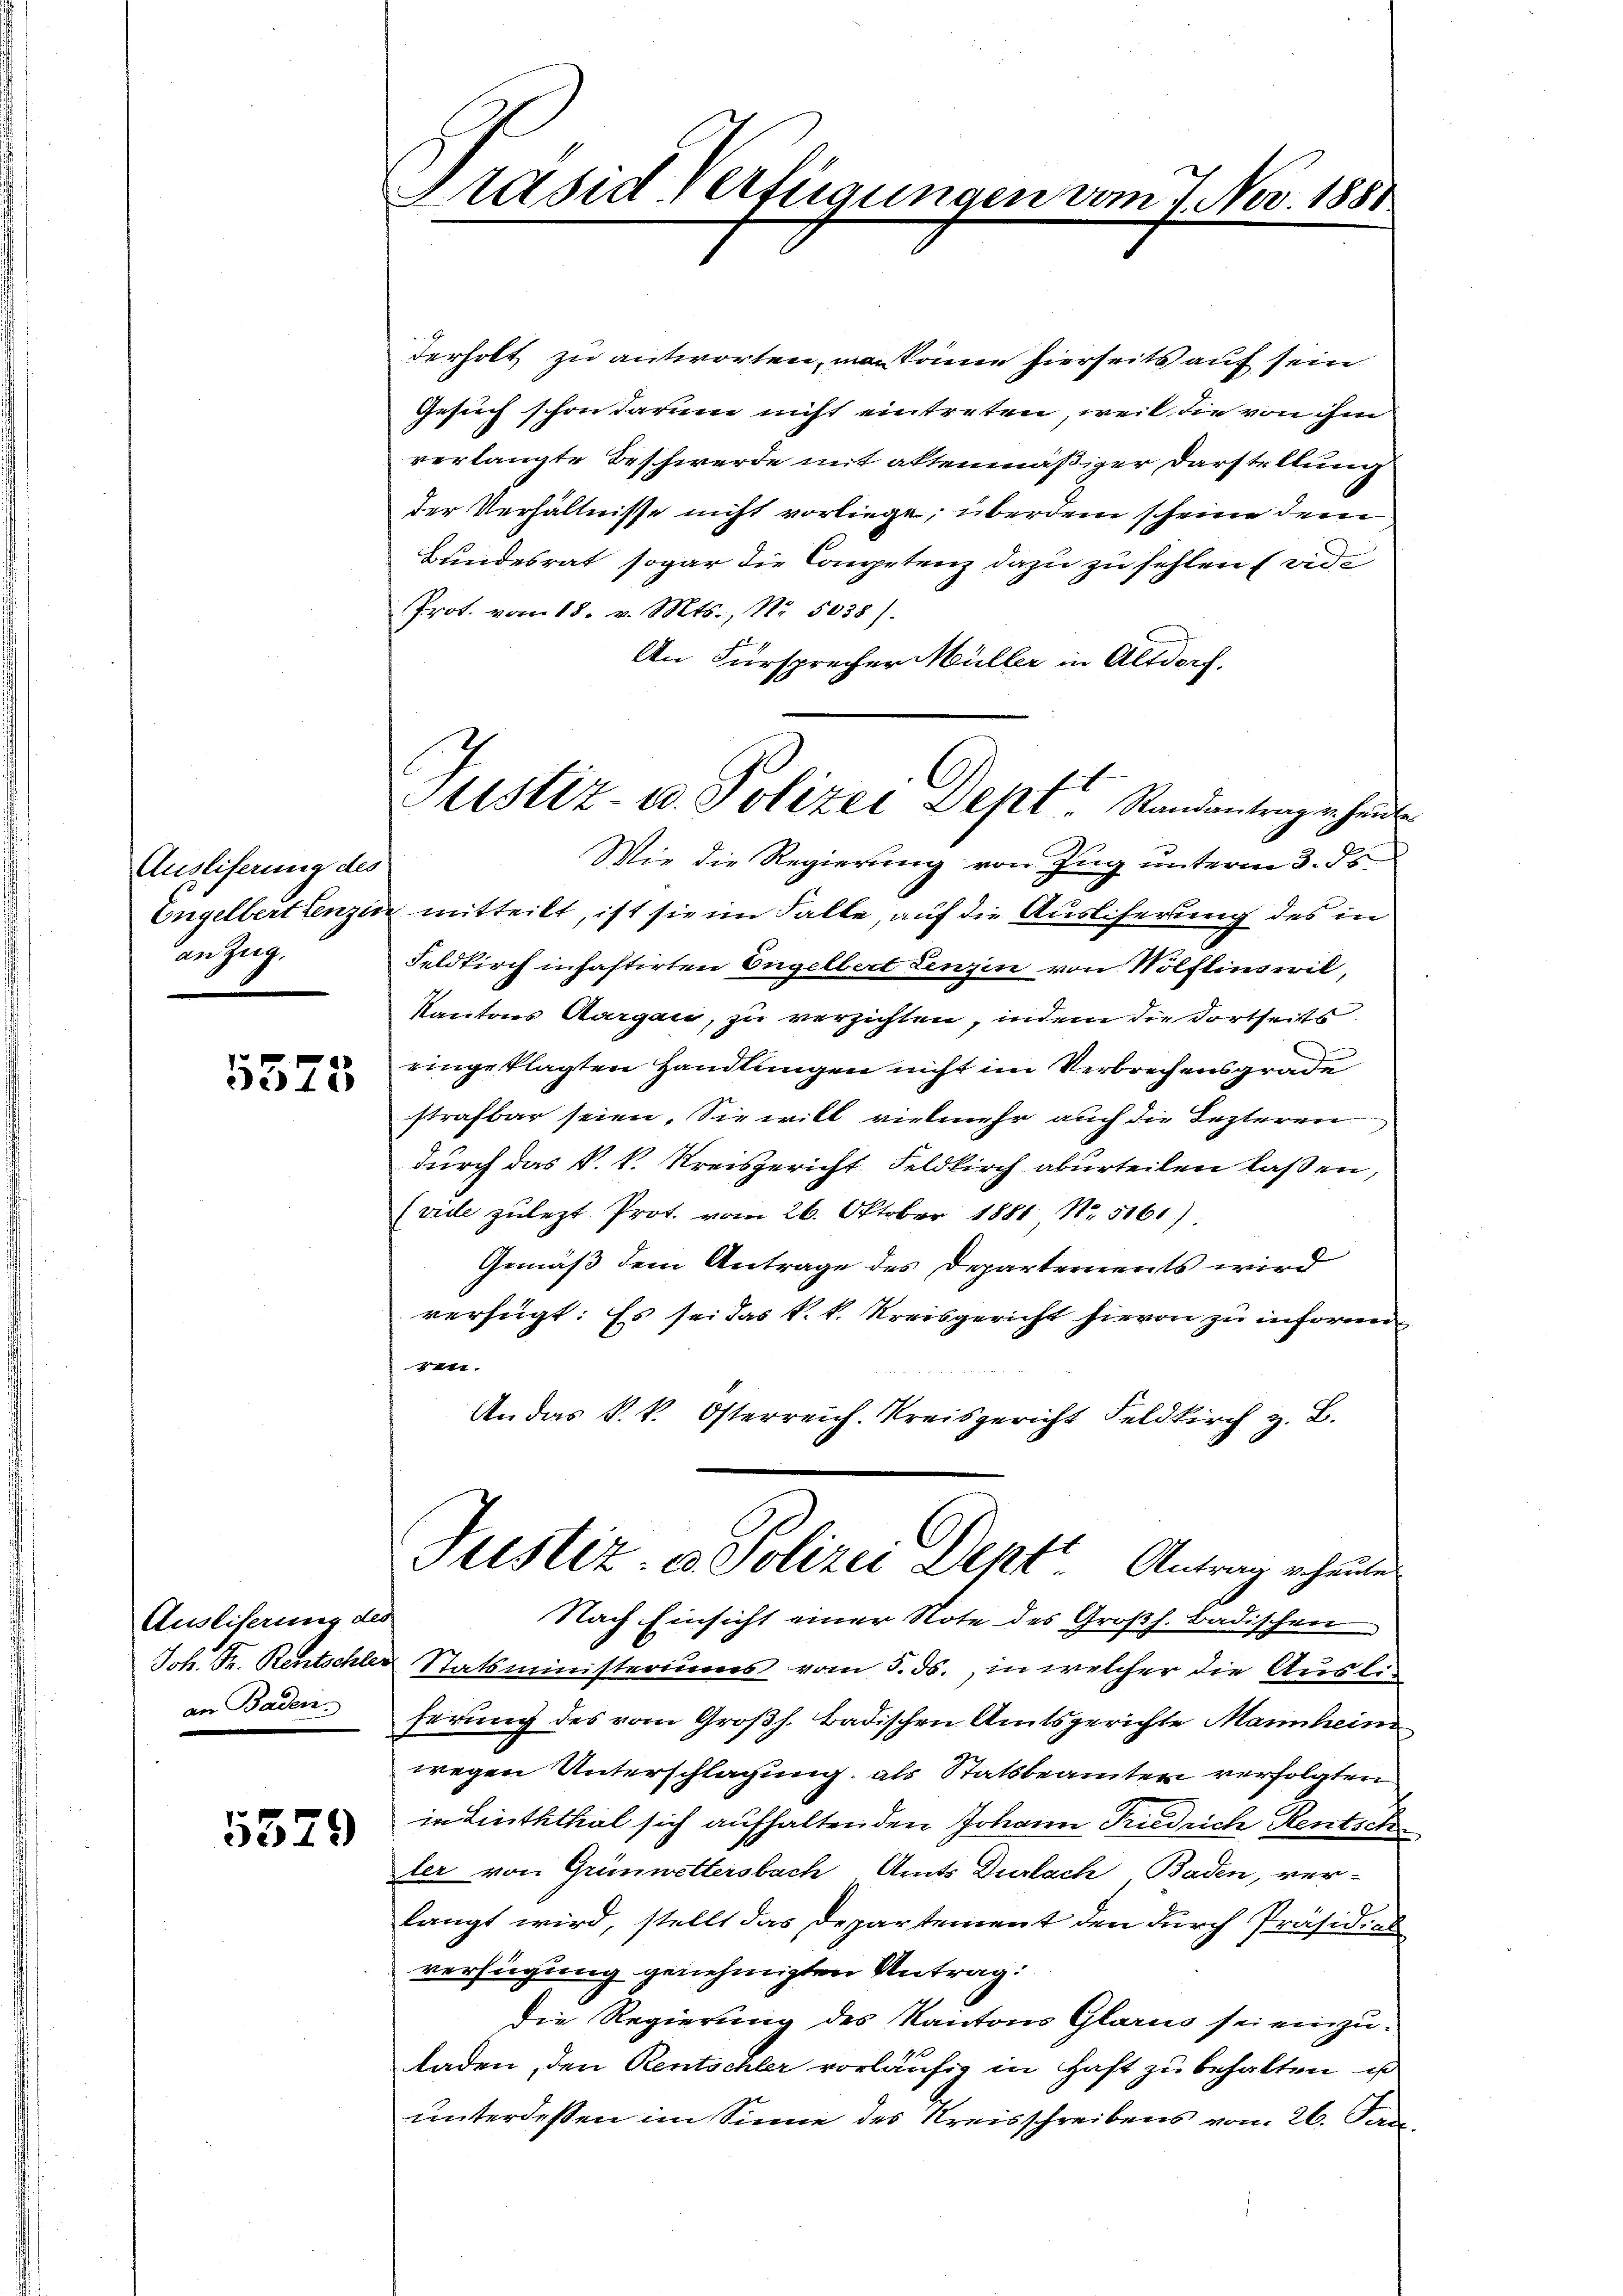
Ausliferung des
an Zug.

5575

Ausliterung des
an Baden.

5329

Präsid Verfügungen vom 7. Nov. 1881

derholt zu antworten, man kann hierseits auf sein
Gesuch schon darum nicht eintreten, weil die von ihm
verlangte Beschwerde mit aktenmäßiger Darstellung
der Verhältnisse nicht vorliege, überdem scheine dem
Bundesrat sogar die Competenz dazu zu fehlen (vide
Prot. vom 18. v. Mts., Nr. 5038).
An Fürsprecher Müller in Altdorf.
Wie die Regierung von Zug unterm 3. ds.
Engelbert Lenzen mitteilt, ist sie im Falle, auf die Auslieferung des in
Feldkirch inhaftirten Engelbert Lenzin von Wölflinswil,
Kantons Aargau, zu verzichten, indem die dortseits
eingeklagten Handlungen nicht im Verbrechens grade
strafbar seien. Sie will vielmehr auch die Lezteren
durch das k. k. Kreisgericht Feldkirch aberteilen laßen,
(vide zulezt Prot. vom 26. Oktober 1881, No. 5161)
Gemäß dem Antrage des Departements wird
verfügt: Es sei das k. k. Kreisgericht hievon zu informi¬
4.
An das k. k. Osterreich. Kreisgericht Feldkirch z. B.
Justiz- & Polizei Dept. Antrag erhausen
Nach Einsicht einer Note des Großh. Badischen
Joh. Fr. Rentschler Statsministeriums vom 5. ds., in welcher die Ausliherung des vom Großh. Badischen Amtsgerichte Mannheim
wegen Unterschlagung, als Statsbeamten verfolgten
in Linththal sich aufhaltenden Johann Friedrich Rentsch
ler von Grünwettersbach, Amts Durlach Baden, ver-
langt wird, stellt das Departement den durch Präsidial
verfügung genehmigten Antrag:
Die Regierung des Kantons Glarus sei einzuladen, den Rentschler vorläufig in Hast zu behalten ist
unterdeßen im Sinne des Kreisschreibens vom 26. Jan.

Justiz- u. Polizei Dept. Standentragenheit